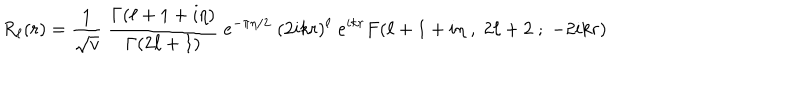
R _ { \ell } ( r ) = { \frac { 1 } { \sqrt v } } \; { \frac { \Gamma ( \ell + 1 + i \eta ) } { \Gamma ( 2 \ell + 1 ) } } \; e ^ { - \pi \eta / 2 } \; ( 2 i k r ) ^ { \ell } \; e ^ { i k r } F ( \ell + 1 + i \eta \; , \; 2 \ell + 2 \; ; \; - 2 i k r )